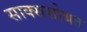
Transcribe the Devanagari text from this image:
साक्ससोबत